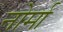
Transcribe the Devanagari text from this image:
नोर्मा